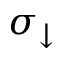
\sigma _ { \downarrow }